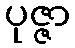
ပုဇ္ဇာ